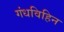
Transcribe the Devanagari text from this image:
गंधविहिन